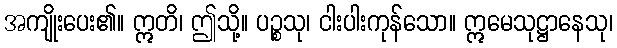
အကျိုးပေး၏။ ဣတိ၊ ဤသို့။ ပဉ္စသု၊ ငါးပါးကုန်သော။ ဣမေသုဋ္ဌာနေသု၊